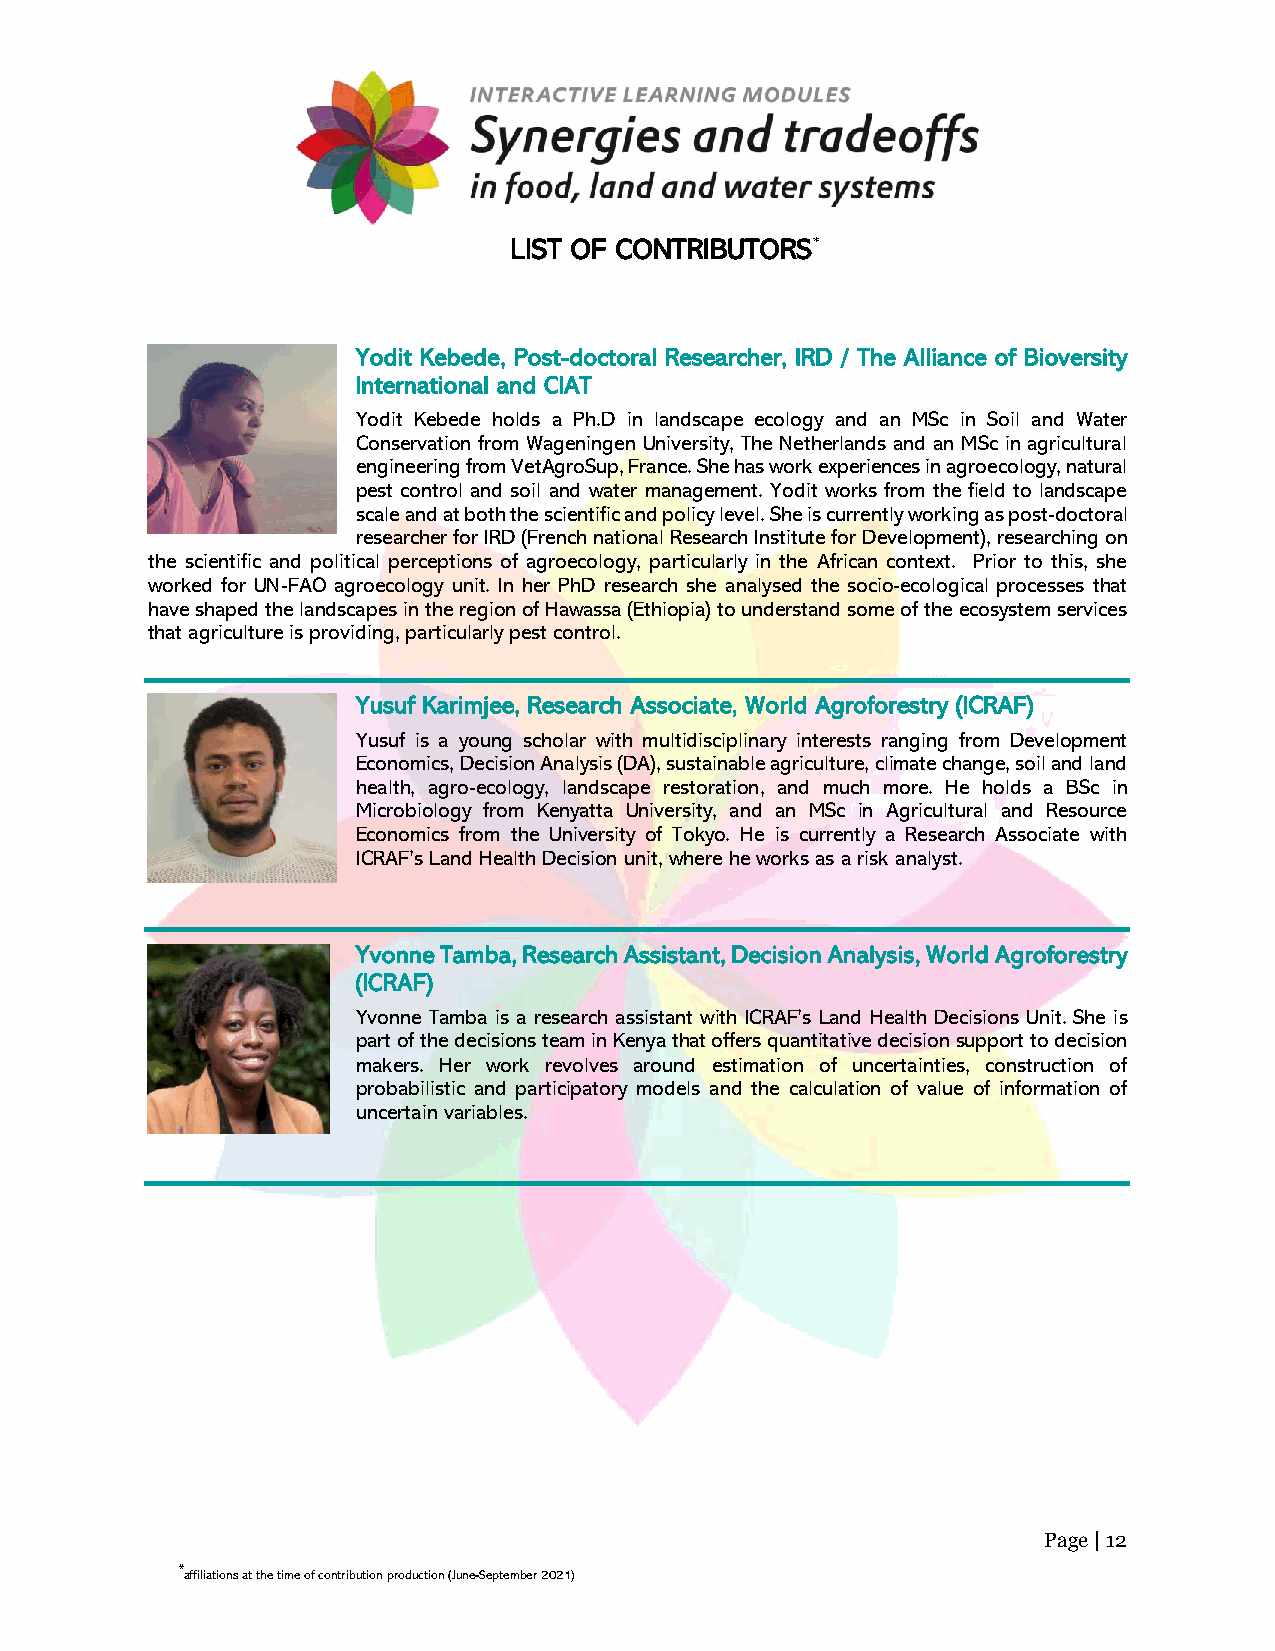
LIST OF CONTRIBUTORS*
 Yodit Kebede, Post-doctoral Researcher, IRD / The Alliance of Bioversity
 International and CIAT
 Yodit Kebede holds a Ph.D in landscape ecology and an MSc in Soil and Water
 Conservation from Wageningen University, The Netherlands and an MSc in agricultural
 engineering from VetAgroSup, France. She has work experiences in agroecology, natural
 pest control and soil and water management. Yodit works from the field to landscape
 scale and at both the scientific and policy level. She is currently working as post-doctoral
 researcher for IRD (French national Research Institute for Development), researching on
 the scientific and political perceptions of agroecology, particularly in the African context. Prior to this, she
 worked for UN-FAO agroecology unit. In her PhD research she analysed the socio-ecological processes that
 have shaped the landscapes in the region of Hawassa (Ethiopia) to understand some of the ecosystem services
 that agriculture is providing, particularly pest control.
 Yusuf Karimjee, Research Associate, World Agroforestry (ICRAF)
 Yusuf is a young scholar with multidisciplinary interests ranging from Development
 Economics, Decision Analysis (DA), sustainable agriculture, climate change, soil and land
 health, agro-ecology, landscape restoration, and much more. He holds a BSc in
 Microbiology from Kenyatta University, and an MSc in Agricultural and Resource
 Economics from the University of Tokyo. He is currently a Research Associate with
 ICRAF’s Land Health Decision unit, where he works as a risk analyst.
 Yvonne Tamba, Research Assistant, Decision Analysis, World Agroforestry
 (ICRAF)
 Yvonne Tamba is a research assistant with ICRAF’s Land Health Decisions Unit. She is
 part of the decisions team in Kenya that offers quantitative decision support to decision
 makers. Her work revolves around estimation of uncertainties, construction of
 probabilistic and participatory models and the calculation of value of information of
 uncertain variables.
 Page | 12
 *affiliations at the time of contribution production (June-September 2021)